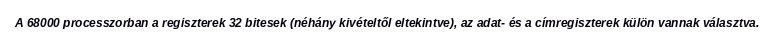
A 68000 processzorban a regiszterek 32 bitesek (néhány kivételtől eltekintve), az adat- és a címregiszterek külön vannak választva.